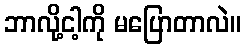
ဘာလို့ငါ့ကို မပြောတာလဲ။